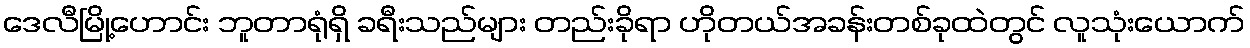
ဒေလီမြို့ဟောင်း ဘူတာရုံရှိ ခရီးသည်များ တည်းခိုရာ ဟိုတယ်အခန်းတစ်ခုထဲတွင် လူသုံးယောက်